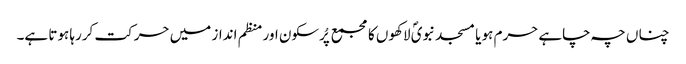
چناں چہ چاہے حرم ہو یا مسجد نبویؐ لاکھوں کا مجمع پُرسکون اور منظم انداز میں حرکت کررہا ہوتا ہے۔